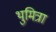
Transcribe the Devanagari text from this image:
थुमित्रा